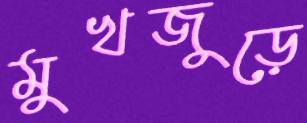
মুখজুড়ে